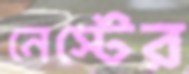
নেস্টের